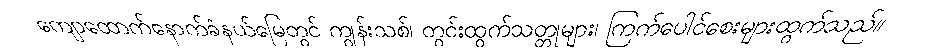
ကျောထောက်နောက်ခံနယ်မြေတွင် ကျွန်းသစ်၊ တွင်းထွက်သတ္တုများ၊ ကြက်ပေါင်စေးများထွက်သည်။